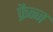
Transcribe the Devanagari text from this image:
फ्रैन्ज